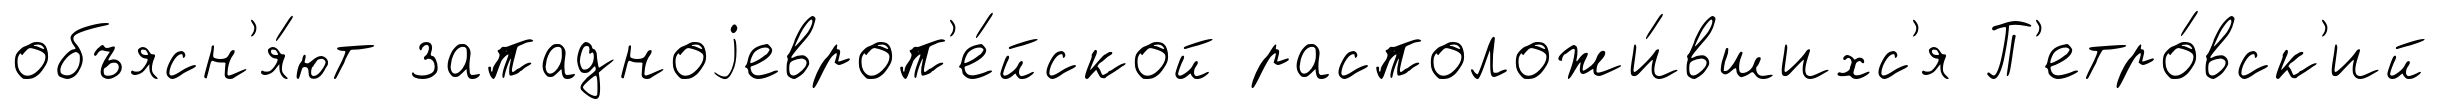
объясн'я́ют западноjевроп'е́йской расположи́вшихс'я П'етро́вск'ий